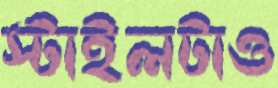
স্টাইলটাও